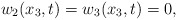
\begin{align*}w_2(x_3,t)=w_3(x_3,t)=0,\end{align*}